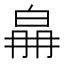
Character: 𤽛